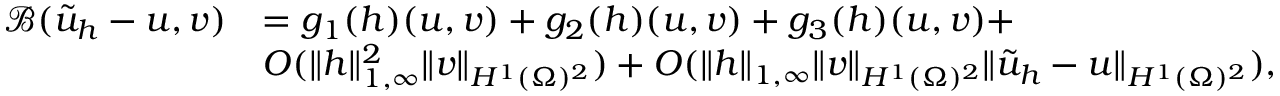
\begin{array} { r l } { \mathscr { B } ( \tilde { u } _ { h } - u , v ) } & { = g _ { 1 } ( h ) ( u , v ) + g _ { 2 } ( h ) ( u , v ) + g _ { 3 } ( h ) ( u , v ) + } \\ & { O ( \| h \| _ { 1 , \infty } ^ { 2 } \| v \| _ { H ^ { 1 } ( \Omega ) ^ { 2 } } ) + O ( \| h \| _ { 1 , \infty } \| v \| _ { H ^ { 1 } ( \Omega ) ^ { 2 } } \| \tilde { u } _ { h } - u \| _ { H ^ { 1 } ( \Omega ) ^ { 2 } } ) , } \end{array}